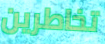
تخاطرين